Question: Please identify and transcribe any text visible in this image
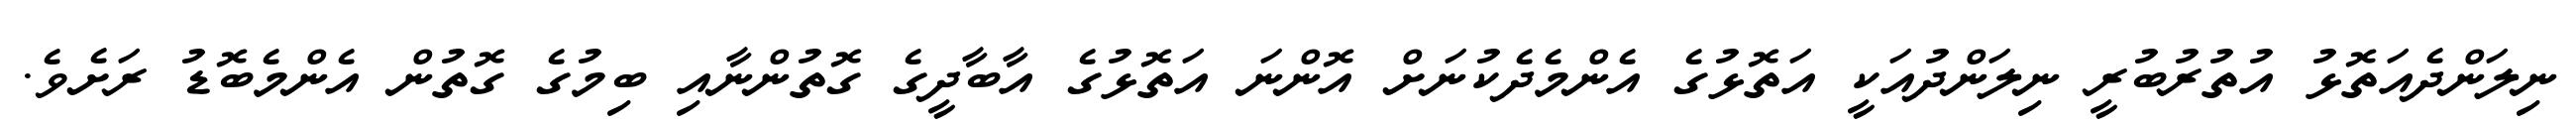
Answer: ނިލަންދެއަތޮޅު އުތުރުބުރީ ނިލަންދުއަކީ އަތޮޅުގެ އެންމެދެކުނަށް އޮންނަ އަތޮޅުގެ އާބާދީގެ ގޮތުންނާއި ބިމުގެ ގޮތުން އެންމެބޮޑު ރަށެވެ.